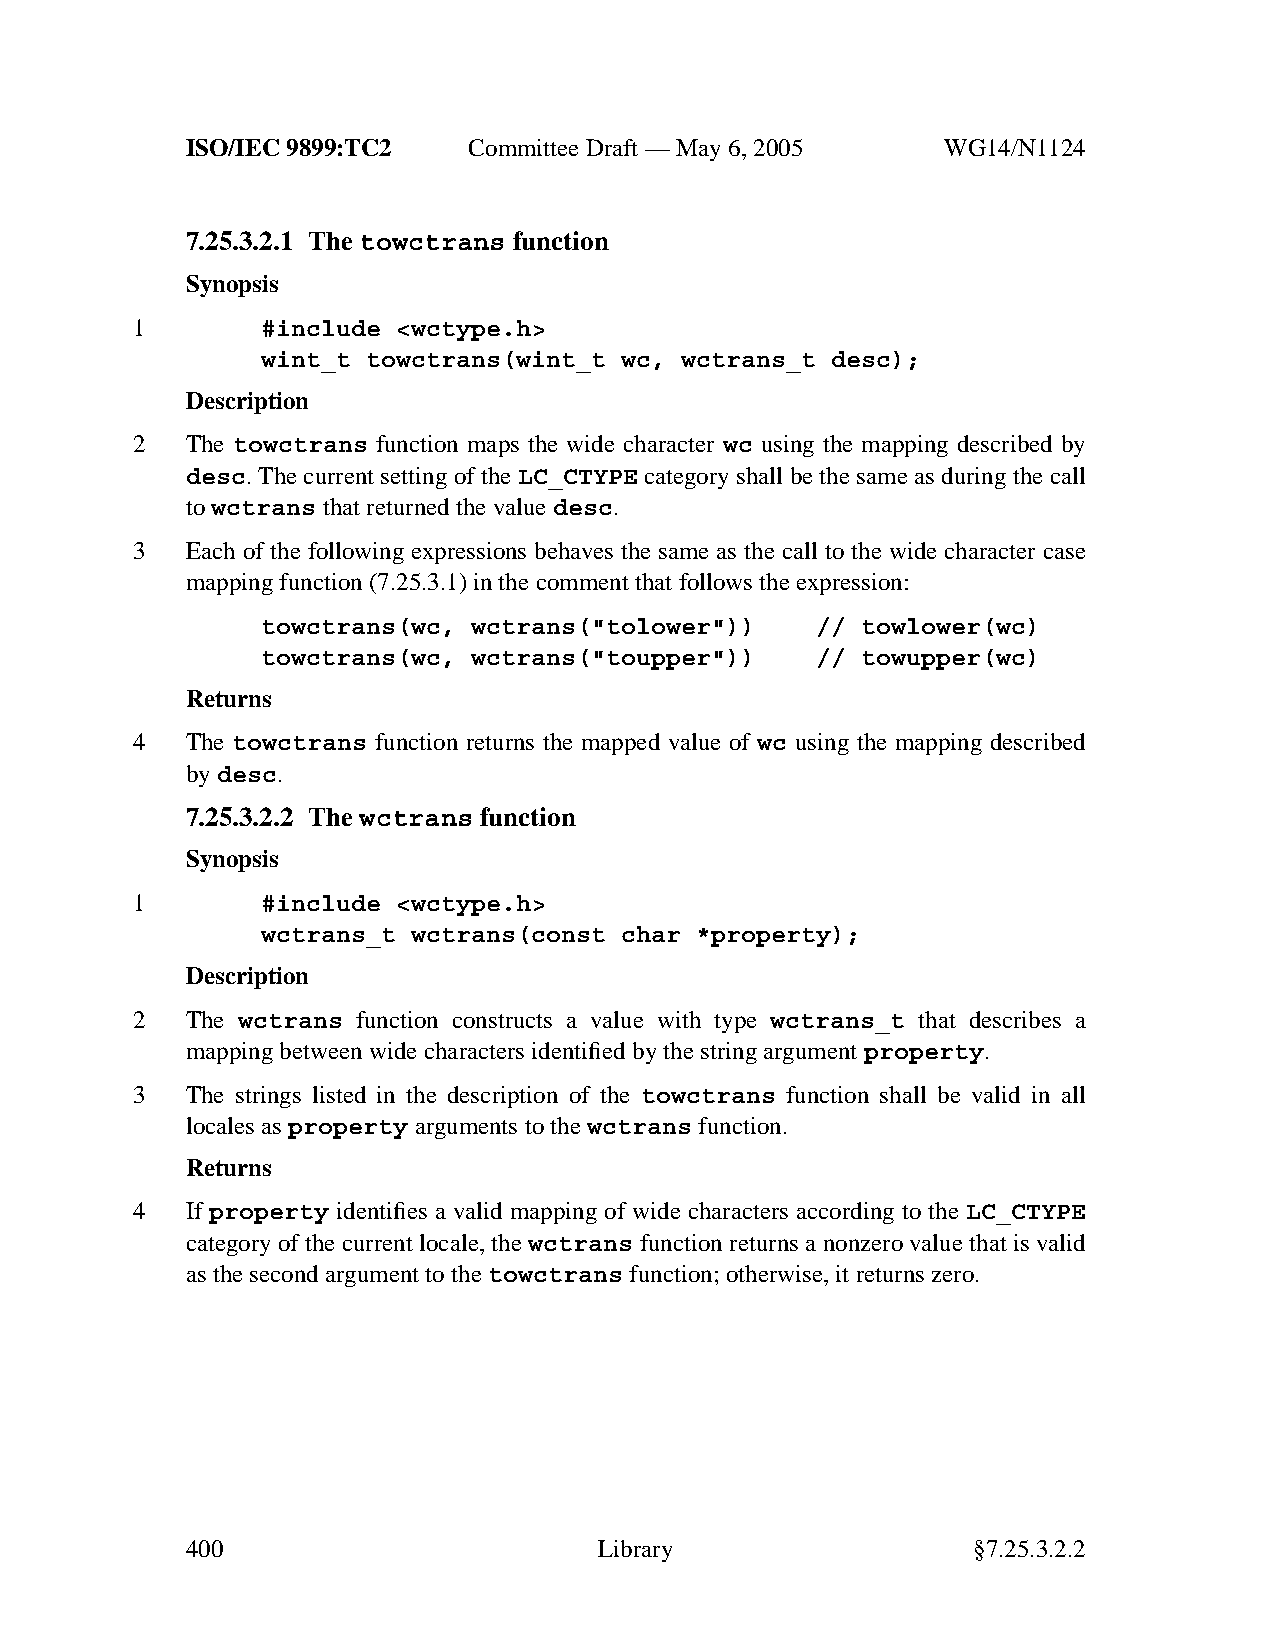
ISO/IEC 9899:TC2   Committee Draft — May 6, 2005   WG14/N1124
 7.25.3.2.1 The towctrans function
 Synopsis
 1       #include <wctype.h>
 wint_t towctrans(wint_t wc, wctrans_t desc);
 Description
 2  The towctrans function maps the wide character wc using the mapping described by
 desc. The current setting of the LC_CTYPE category shall be the same as during the call
 towctrans that returned the value desc.
 3  Each of the following expressions behaves the same as the call to the wide character case
 mapping function (7.25.3.1) in the comment that follows the expression:
 towctrans(wc, wctrans("tolower"))    // towlower(wc)
 towctrans(wc, wctrans("toupper"))    // towupper(wc)
 Returns
 4  The towctrans function returns the mapped value of wc using the mapping described
 bydesc.
 7.25.3.2.2 The wctrans function
 Synopsis
 1       #include <wctype.h>
 wctrans_t wctrans(const char *property);
 Description
 2  The wctrans function constructs a value with type wctrans_t that describes a
 mapping between wide characters identified by the string argument property.
 3  The strings listed in the description of the towctrans function shall be valid in all
 locales asproperty arguments to thewctrans function.
 Returns
 4  If property identifies a valid mapping of wide characters according to the LC_CTYPE
 category of the current locale, the wctrans function returns a nonzero value that is valid
 as the second argument to thetowctrans function; otherwise, it returns zero.
 400                         Library                 §7.25.3.2.2